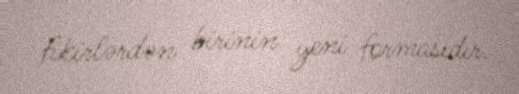
fikirlərdən birinin yeni formasıdır.